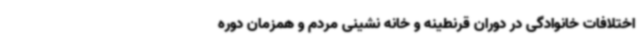
اختلافات خانوادگی در دوران قرنطینه و خانه نشینی مردم و همزمان دوره